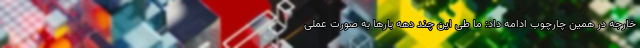
خارجه در همین چارچوب ادامه داد: ما طی این چند دهه بارها به صورت عملی